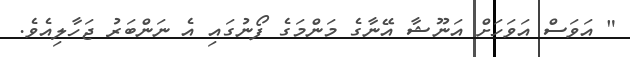
" އަވަސް އަވަހަށް އަނޫޝާ އޭނާގެ މަންމަގެ ފޯނުގައި އެ ނަންބަރު ޖަހާލިއެވެ.